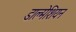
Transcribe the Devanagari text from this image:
डाल्मेशियन